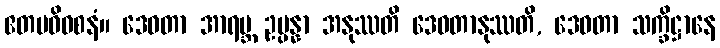
ဧတမဓိဝစနံ။ ဒေဝတာ အာရဗ္ဘ ဥပ္ပန္နာ အနုဿတိ ဒေဝတာနုဿတိ, ဒေဝတာ သက္ခိဋ္ဌာနေ